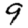
Digit: 9